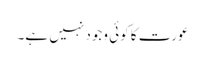
عورت کا کوئی وجود نہیں ہے۔